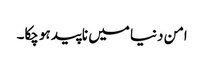
امن دنیا میں ناپید ہوچکا۔